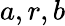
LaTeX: a,r,b